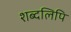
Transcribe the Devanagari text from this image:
शब्दलिपि